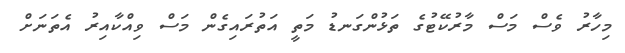
މިހާރު ވެސް މަސް މާރުކޭޓުގެ ތަޅުންގަނޑު މަތީ އަތުރައިގެން މަސް ވިއްކާއިރު އެތަނަށް